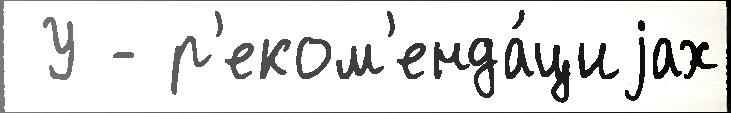
 У - р'еком'енда́циjах